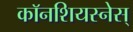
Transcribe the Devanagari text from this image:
काॅनशियस्नेस्